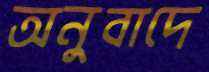
অনুবাদে